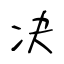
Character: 决